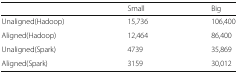
|  | Small | Big |
 | --- | --- | --- |
 | Unaligned(Hadoop) | 15,736 | 106,400 |
 | Aligned(Hadoop) | 12,464 | 86,400 |
 | Unaligned(Spark) | 4739 | 35,869 |
 | Aligned(Spark) | 3159 | 30,012 |